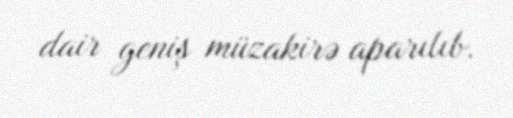
dair geniş müzakirə aparılıb.